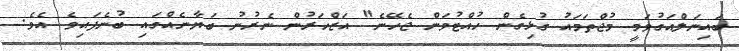
ބައިނަލްއަގުވަމީ މުޖްތަމައު ގުޅިގެން ހުއްޓުވަން ޖެހޭނެ" އަޒްހަރުން ނެރުނު ބަޔާނެއްގައި ބުނެފައިވެ އެވެ.